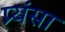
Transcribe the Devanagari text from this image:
प्र्यंसा